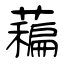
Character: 藊